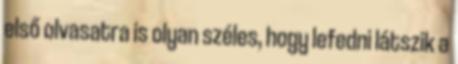
első olvasatra is olyan széles, hogy lefedni látszik a